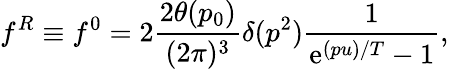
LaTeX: f^{R}\equiv f^{0}=2\frac{2\theta(p_{0})}{(2\pi)^{3}}\delta(p^{2})\frac{1}{\mathrm{e}^{(pu)/T}-1},